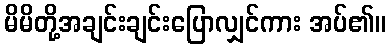
မိမိတို့အချင်းချင်းပြောလျှင်ကား အပ်၏။